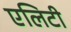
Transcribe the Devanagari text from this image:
एलिटी